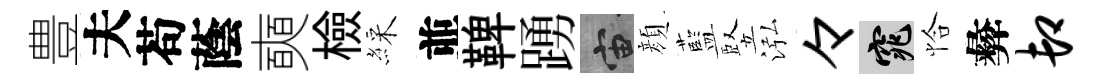
豊夫苟蔭奭檢綵並鞞踴宙顔藍竪泓々窕恰彜卸